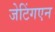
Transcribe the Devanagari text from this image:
जेटिंगएन